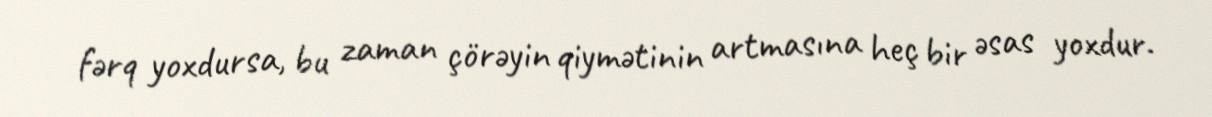
fərq yoxdursa, bu zaman çörəyin qiymətinin artmasına heç bir əsas yoxdur.